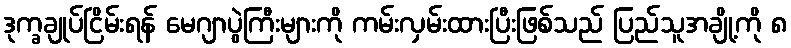
ဒုက္ခချုပ်ငြိမ်းရန် မေဂျာပွဲကြီးများကို ကမ်းလှမ်းထားပြီးဖြစ်သည် ပြည်သူအချို့ကို ၈